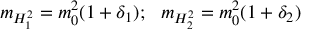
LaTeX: m _ { H _ { 1 } ^ { 2 } } = m _ { 0 } ^ { 2 } ( 1 + \delta _ { 1 } ) ; ~ ~ m _ { H _ { 2 } ^ { 2 } } = m _ { 0 } ^ { 2 } ( 1 + \delta _ { 2 } ) ~ ~ ~ ~ ~